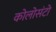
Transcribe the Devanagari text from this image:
कोलोसंटो